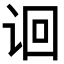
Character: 𬣬